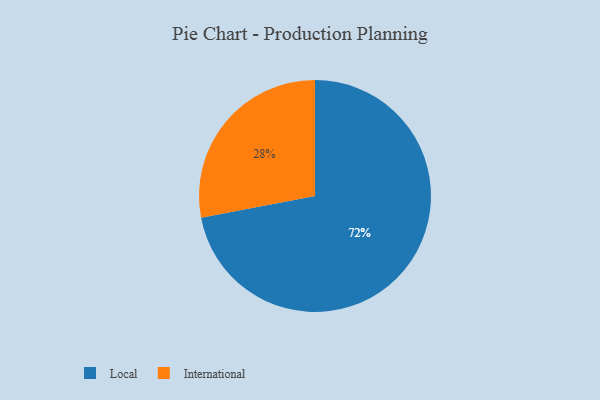
{"axis": {"x": "Category", "y": "Percentage"}, "legend": ["International", "Local"], "data": [{"x": "Local", "y": 72, "type": "Local"}, {"x": "International", "y": 28, "type": "International"}]}